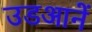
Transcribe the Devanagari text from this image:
उडआनें